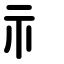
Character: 礻